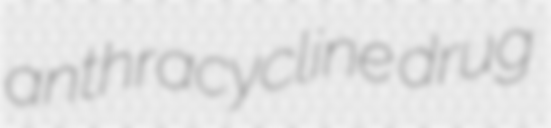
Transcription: anthracycline drug